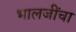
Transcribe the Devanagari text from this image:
भालजींचा